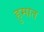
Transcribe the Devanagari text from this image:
हुमात